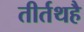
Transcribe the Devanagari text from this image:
तीर्तथहै